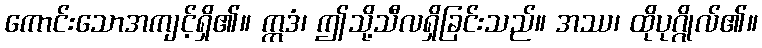
ကောင်းသောအကျင့်ရှိ၏။ ဣဒံ၊ ဤသို့သီလရှိခြင်းသည်။ အဿ၊ ထိုပုဂ္ဂိုလ်၏။